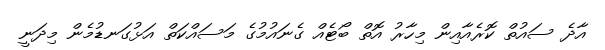
އާދެ ސައުތް ކޮރެއާއިން މިހާރު އޮތް ބޯޓެއް ގެނައުމުގެ މަސައްކަތް އަޅުގަނޑުމެން މިދަނީ